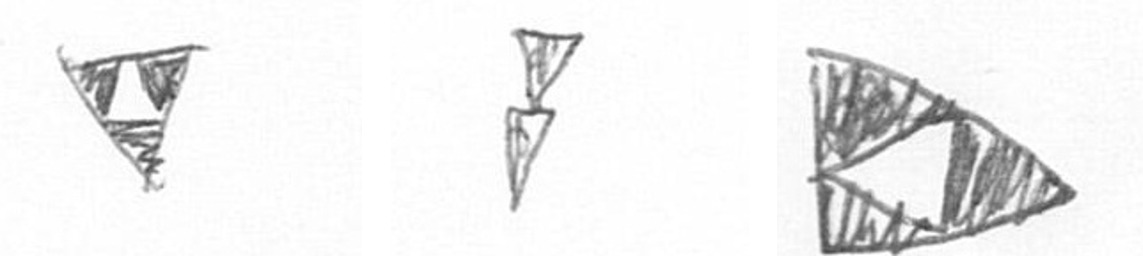
S Z K